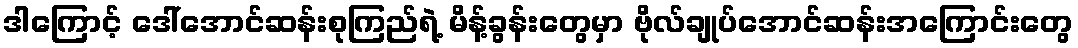
ဒါကြောင့် ဒေါ်အောင်ဆန်းစုကြည်ရဲ့ မိန့်ခွန်းတွေမှာ ဗိုလ်ချုပ်အောင်ဆန်းအကြောင်းတွေ